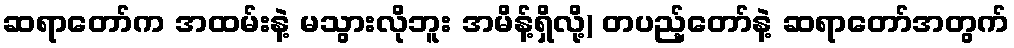
ဆရာတော်က အထမ်းနဲ့ မသွားလိုဘူး အမိန့်ရှိလို့) တပည့်တော်နဲ့ ဆရာတော်အတွက်